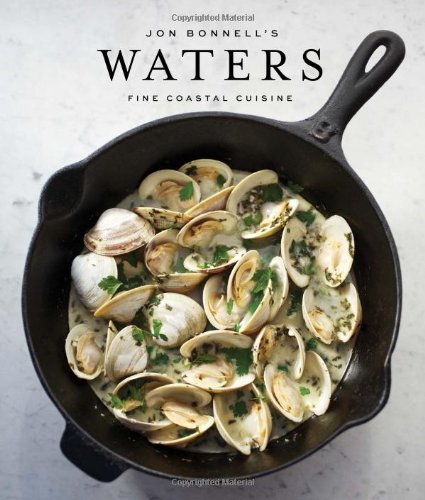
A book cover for Jon Bonnell's Waters: Fine Coastal Cuisine; Jon Bonnell; Cookbooks, Food & Wine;